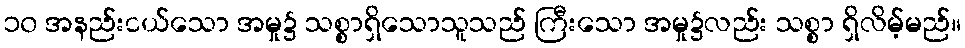
၁၀ အနည်းငယ်သော အမှု၌ သစ္စာရှိသောသူသည် ကြီးသော အမှု၌လည်း သစ္စာ ရှိလိမ့်မည်။